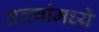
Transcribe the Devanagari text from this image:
तत्त्वांमध्ये